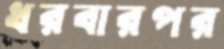
ধরবারপর